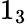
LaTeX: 1_{3}